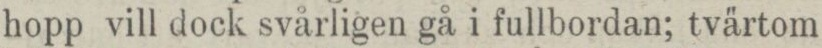
hopp vill dock svårligen gå i fullbordan; tvärtom